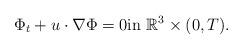
LaTeX: \begin{align*}\Phi_{t}+u\cdot \nabla \Phi&=0\textrm{in}\ \mathbb{R}^{3}\times (0,T).\end{align*}